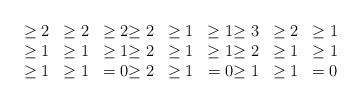
LaTeX: \begin{align*}\begin{matrix} \geq 2 & \geq 2 &\geq 2 \\ \geq 1 & \geq 1 &\geq 1 \\ \geq 1 & \geq 1 & = 0\end{matrix} \begin{matrix} \geq 2 & \geq 1 &\geq 1 \\ \geq 2 & \geq 1 &\geq 1 \\ \geq 2 & \geq 1 & = 0\end{matrix} \begin{matrix} \geq 3 & \geq 2 &\geq 1 \\ \geq 2 & \geq 1 &\geq 1 \\ \geq 1 & \geq 1 & = 0\end{matrix}\end{align*}